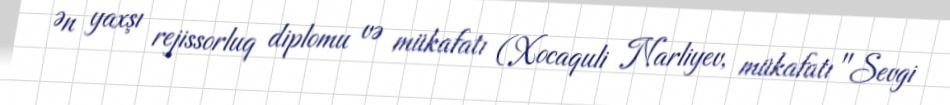
Ən yaxşı rejissorluq diplomu və mükafatı (Xocaquli Narliyev, mükafatı "Sevgi